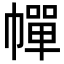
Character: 幝